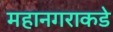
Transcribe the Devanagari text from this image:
महानगराकडे